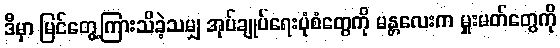
ဒီမှာ မြင်တွေ့ကြားသိခဲ့သမျှ အုပ်ချုပ်ရေးပုံစံတွေကို မန္တလေးက မှူးမတ်တွေကို